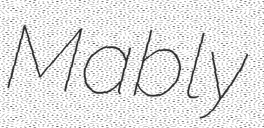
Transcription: Mably